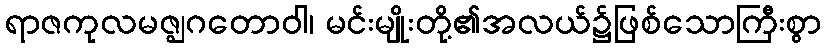
ရာဇကုလမဇ္ဈဂတောဝါ၊ မင်းမျိုးတို့၏အလယ်၌ဖြစ်သောကြီးစွာ